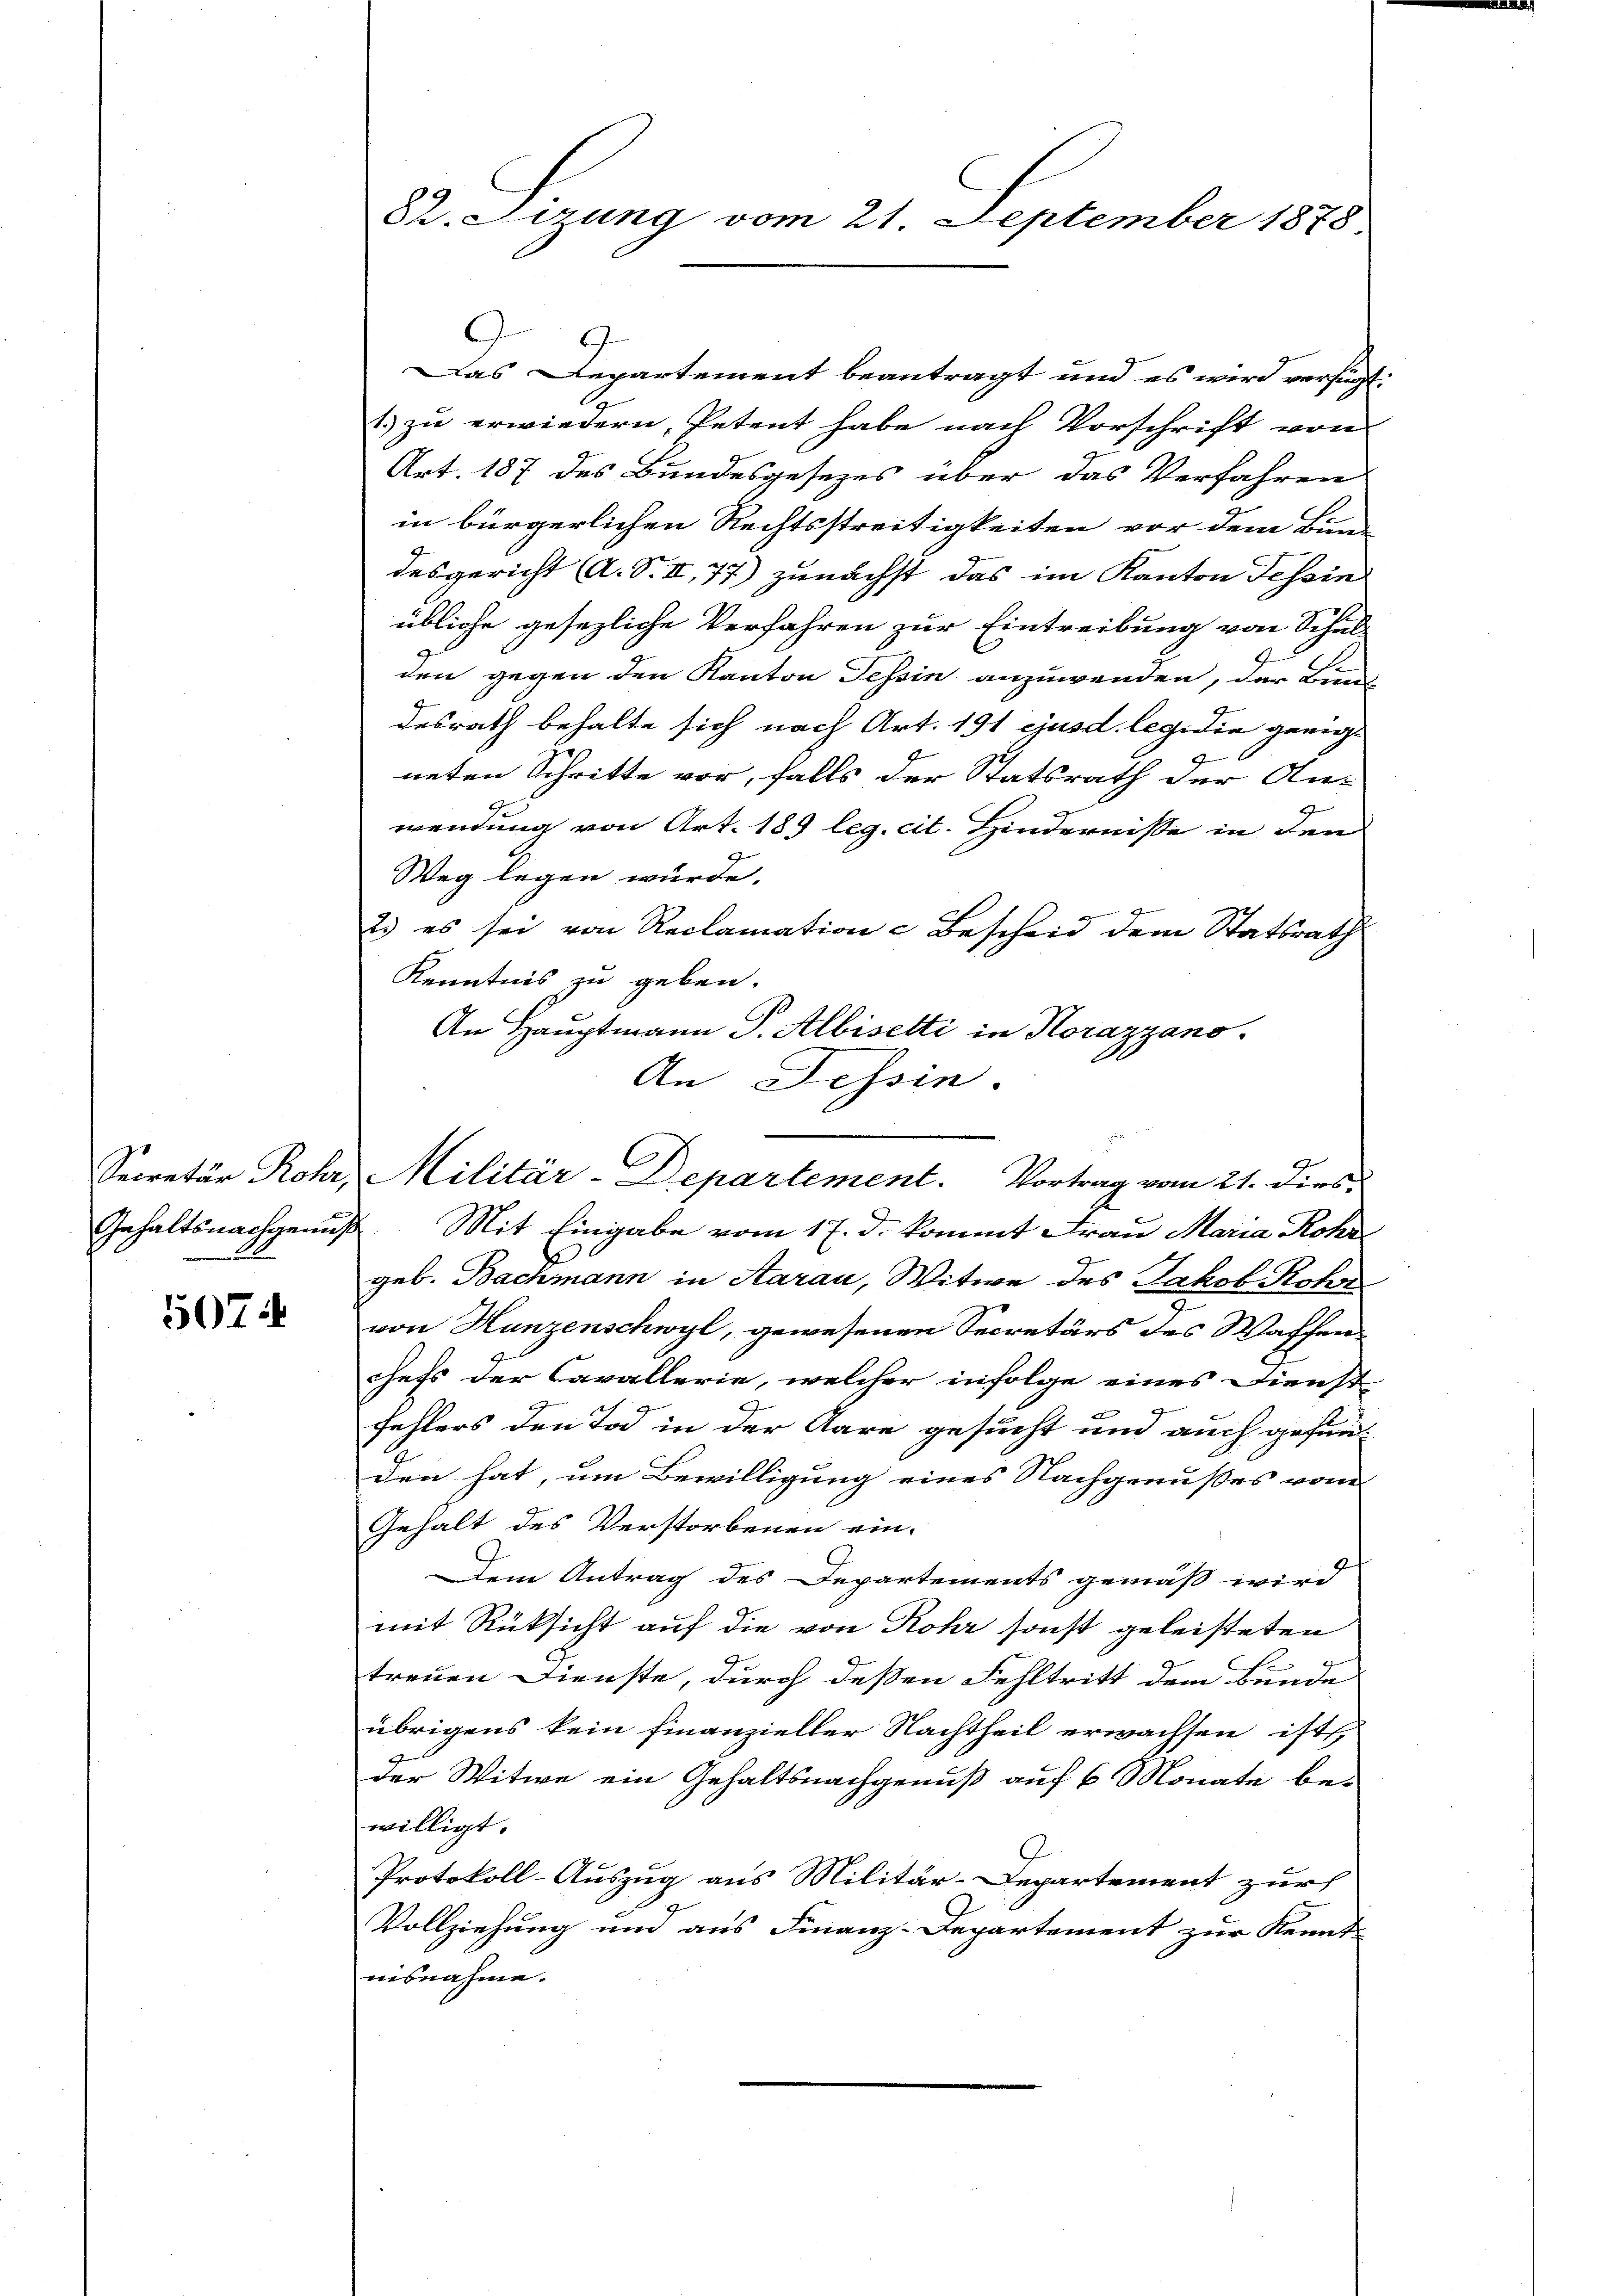
507.

9
Das Departement beantragt und es wird verfügt:
1) zu erwiedern, Petent habe nach Vorschrift von
Art. 187 des Bundesgesezes über das Verfahren
in bürgerlichen Rechtsstreitigkeiten vor dem Bun-
desgericht (A. S. II, 77) zunächst das im Kanton Tessin
übliche gesezliche Verfahren zur Eintreibung von Schul-
den gegen den Kanton Tessin anzuwenden, der Fin
desrath behalte sich nach Art. 191 ejusd. lege die geeigneten Schritte vor, falls der Statsrath der An-
wendung von Art. 189 leg. cit. Hindernisse in den
Weg legen wurde.
2. es sei von Reclamation & Bescheid dem Statsrath
Kenntnis zu geben.
An Hauptmann J. Albiselti in Horazzano.
An Tessin.
Gehaltsnachgenuß. Mit Eingabe vom 17. d. kommt Frau Maria Rohr
geb. Bachmann in Aarau, Witwe des Jakob Rohr
von Hunzenschwyl, gewesenen Secretärs des Waffenchefs der Cavallerie, welcher infolge eines Dienst
fehlers den Tod in der Aare gesucht und auch gefunden hat, um Bewilligung eines Nachgenusses vom
Gehalt des Verstorbenen ein-
Dem Antrag des Departements gemäß wird
mit Rüksicht auf die von Rohr sonst geleisteten
treuen Dienste, durch deßen Fehltritt dem Bunde
übrigens kein finanzieller Nachtheil erwachsen, ist,
der Witwe ein Gehaltsnachgenuß auf 6 Monate be-
willigt.
Protokoll-Auszug aus Militär-Departement zur
Vollziehung und aus Finanz-Departement zur Kennt-
uisnahme.

82. Sizung vom 21. September 1878

Secretär Rohr, Militär-Departement. Vortrag vom 21. dies